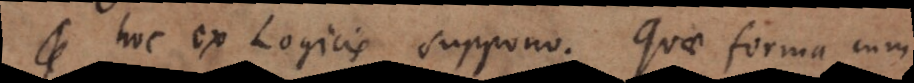
hoc ex Logicis suppono. Quae forma cum